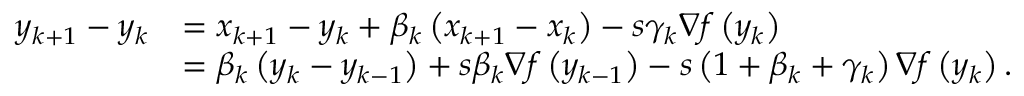
\begin{array} { r l } { y _ { k + 1 } - y _ { k } } & { = x _ { k + 1 } - y _ { k } + \beta _ { k } \left( x _ { k + 1 } - x _ { k } \right) - s \gamma _ { k } \nabla f \left( y _ { k } \right) } \\ & { = \beta _ { k } \left( y _ { k } - y _ { k - 1 } \right) + s \beta _ { k } \nabla f \left( y _ { k - 1 } \right) - s \left( 1 + \beta _ { k } + \gamma _ { k } \right) \nabla f \left( y _ { k } \right) . } \end{array}